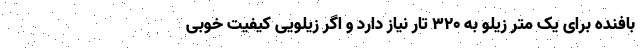
بافنده برای یک متر زیلو به ۳۲۰ تار نیاز دارد و اگر زیلویی کیفیت خوبی